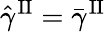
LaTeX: \hat{\gamma}^{\mathrm{II}}=\bar{\gamma}^{\mathrm{II}}